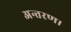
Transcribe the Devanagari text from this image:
अन्तरण।